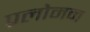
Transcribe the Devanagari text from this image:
प्रलोमन